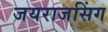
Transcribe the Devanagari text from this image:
जयराजसिंग